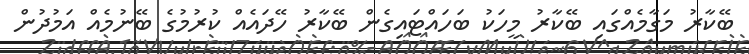
ބޭކާރު މަގާމެއްގައި ބޭކާރު މީހަކު ބަހައްޓައިގެން ބޭކާރު ހޭދައެއް ކުރުމުގެ ބޭނުމެއް އަމުދުން